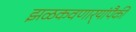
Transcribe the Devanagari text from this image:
झळकवणार्‍यांपैकी